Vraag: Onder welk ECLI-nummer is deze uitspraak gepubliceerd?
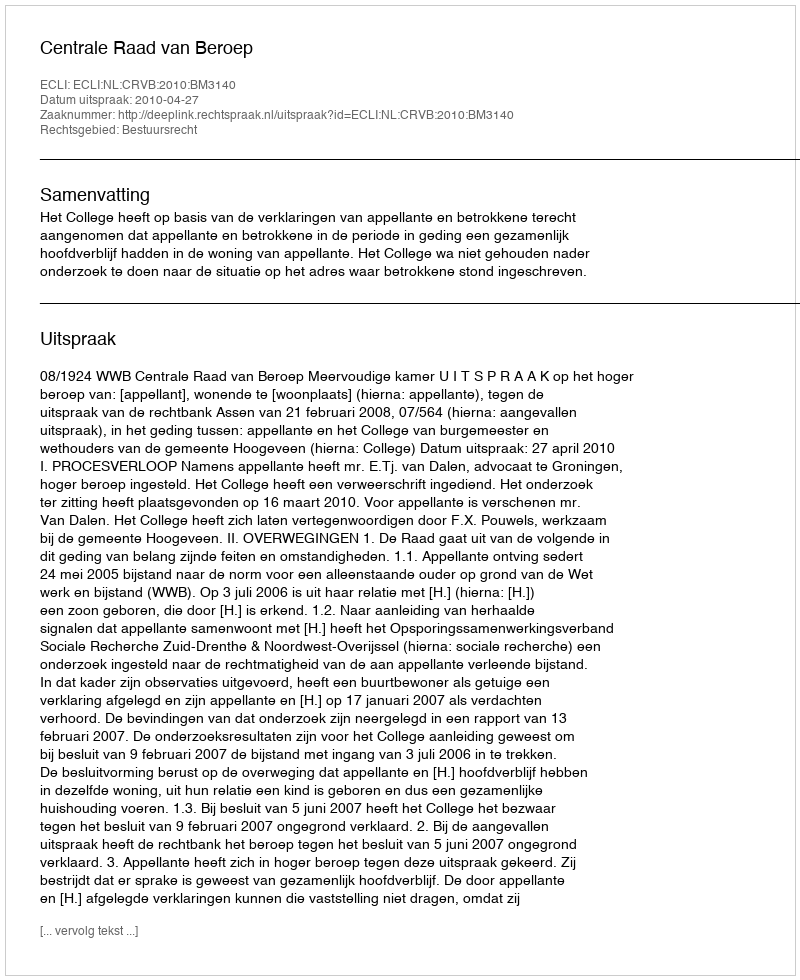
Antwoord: ECLI:NL:CRVB:2010:BM3140